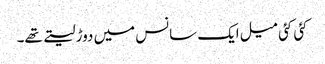
کئی کئی میل ایک سانس میں دوڑ لیتے تھے۔